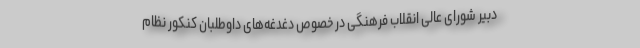
دبیر شورای عالی انقلاب فرهنگی در خصوص دغدغه‌های داوطلبان کنکور نظام